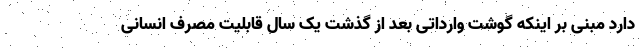
دارد مبنی بر اینکه گوشت وارداتی بعد از گذشت یک سال قابلیت مصرف انسانی